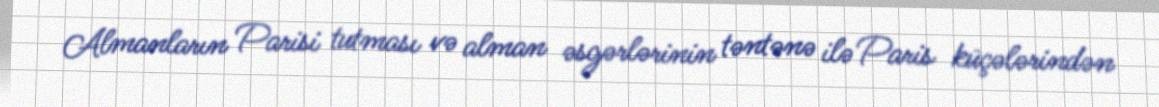
Almanların Parisi tutması və alman əsgərlərinin təntənə ilə Paris küçələrindən